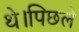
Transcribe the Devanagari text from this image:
थे।पिछले